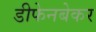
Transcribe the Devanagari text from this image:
डीफेनबेकर